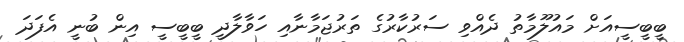
ބީބީސީއަށް މައުލޫމާތު ދެއްވި ސަރުކާރުގެ ތަރުޖަމާނާއި ހަވާލާދީ ބީބީސީ އިން ބުނީ އެފަދަ